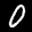
Label: 0